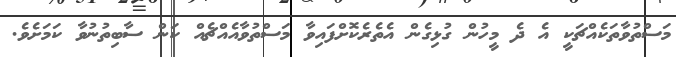
މަސްތުވާތަކެއްޗަކީ އެ ދެ މީހުން ގުޅިގެން އެތެރެކޮށްފައިވާ މަސްތުވާއެއްޗެއް ކަން ސާބިތުނުވާ ކަމަށެވެ.